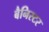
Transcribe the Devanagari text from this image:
बैनिस्टर